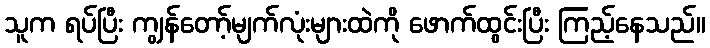
သူက ရပ်ပြီး ကျွန်တော့်မျက်လုံးများထဲကို ဖောက်ထွင်းပြီး ကြည့်နေသည်။